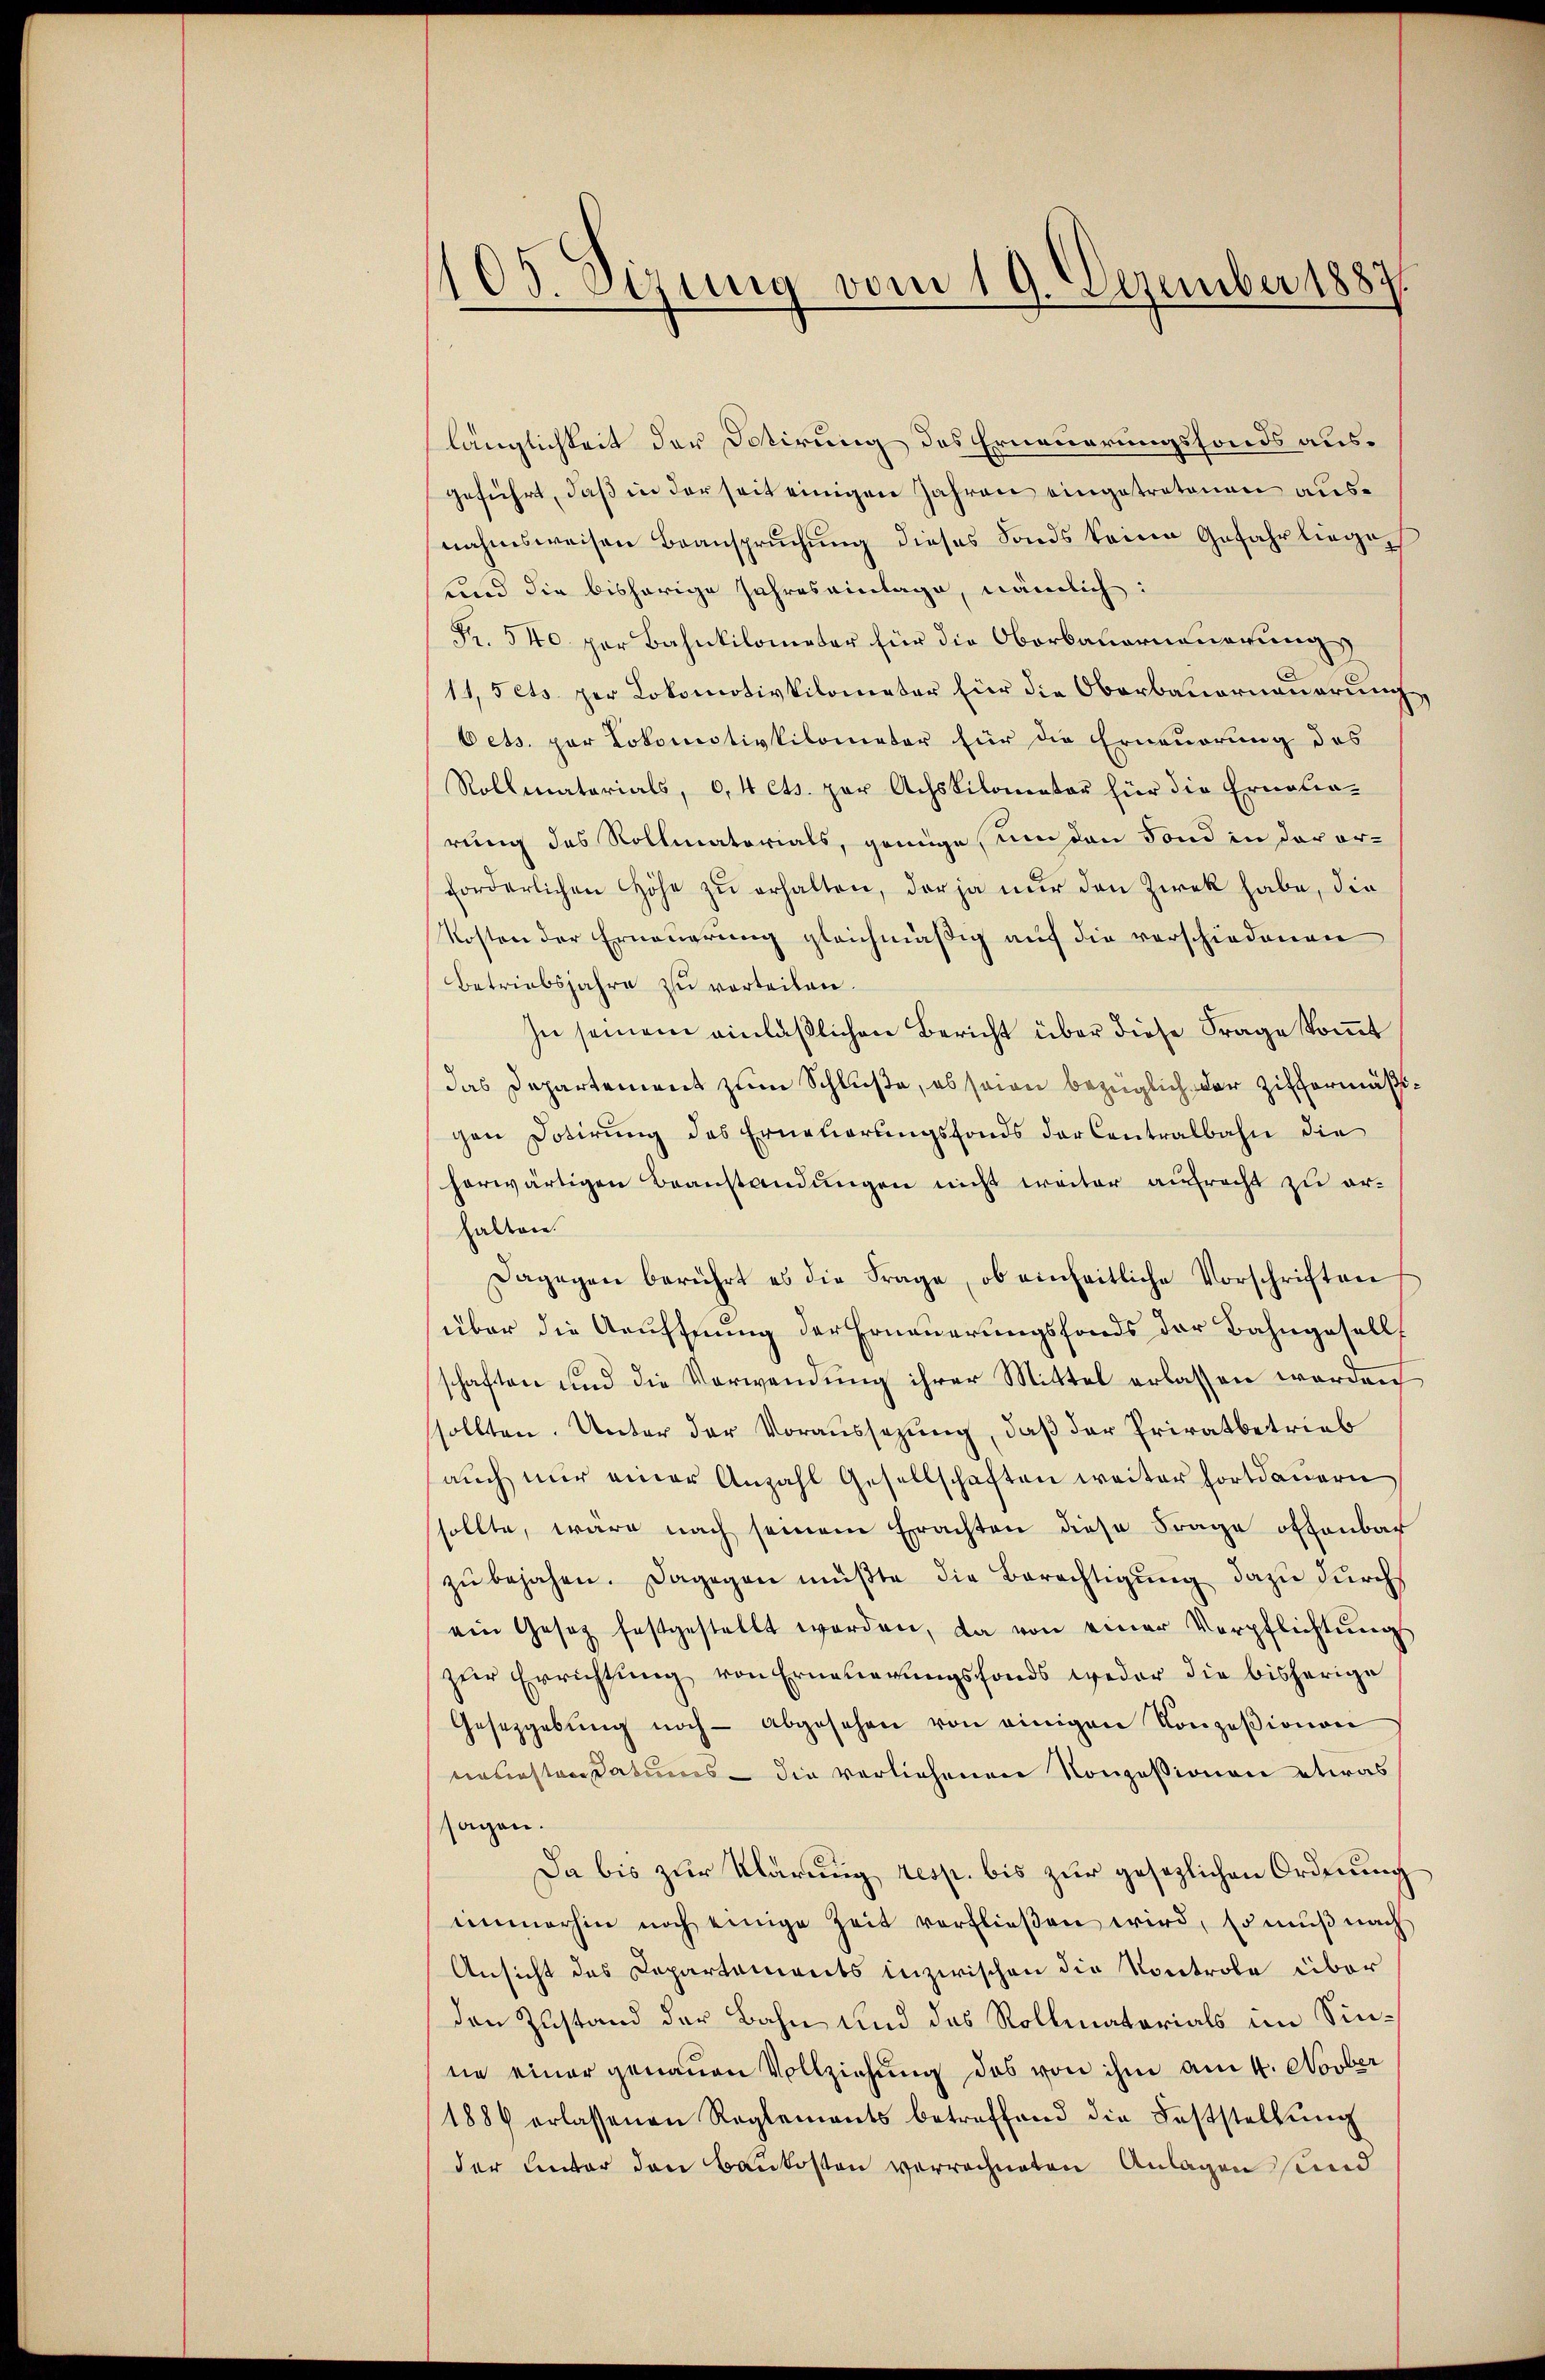
1105. Sizung vom 19. Dezember 1887.

länglichkeit der Dotirung des Ernennerungsfonds ausgeführt, daß in der seit einigen Jahren eingetretenen ausnahmsweisen Beansprŭchŭng dieses Fonds keinen Gefahr liege
und die bisherige Jahres einlage, nämlich:
Fr. 540 per Bahnkilometer für die Oberbauerneuerungs
11,5 cts. per Lokomotivkilometer für die Oberbauernauerung
Oets. par Lokomotivkilometer für die Erneuerung des
Rollmatarials, 0,4 cts. per Achskilometer für die Erneurung des Rollmatorials, genüge, um den Fond in der orforderlichen Höhe zŭ erhalten, der ja nur den Zwek habe, die
Kosten der Erneuerung gleichmäßig auf die verschiedenen
Betriebsjahre zu vorteilen.
In seinem einläßlichen Bericht über diese Frage kommt
das Departement zum Schluße, es seien bezüglich der Ziffermäßigen Dotirung des Erneuerungsfonds der Contralbahn die
herwärtigen Beanstandungen nicht weiter aufrecht zu erhalten
Dagegen berührt es die Frage, ob einheitliche Vorschriften
über die Aeuffnung der Erneuerungsfonds der Bahngesells
schaften und die Verwendung ihrer Mittel erlassen worden
sollten. Unter der Voraussezung, daß der Privatbetrieb
auch nur einer Anzahl Gesellschaften weiter fortdauern
sollte, wäre nach seinem Erachten diese Frage offenbar
zŭ bejahen. Dagegen müßte die Berechtigung dazu durch
ein Gesetz festgestellt worden, da von einer Verpflichtŭng
zŭr Errichtŭng von Erneuerŭngsfonds weder die bisherige
Gesetzgebŭng noch abgesehen von einigen Konzesionen
neuesten Datums - die verliehenen Konzessionen etwas
sagen.
Da bis zur Klärung resp. bis zur gesezlichen Ordnung
immerhin noch einige Zeit verflieβen wird, so muß nach
Ansicht des Capartements inzwischen die Kontrole über
den Zustand der Bahn und das Rollmatorials im Sinne einer genauen Vollziehung des von ihm am 4. Novber
1886 erlassenen Reglements betreffend die Feststellŭng
der Unter den Baukosten verrechneten Anlagen und